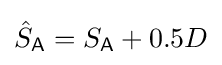
{\hat {S}}_{\mathsf {A}}=S_{\mathsf {A}}+0.5D